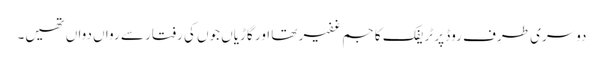
دوسری طرف روڈ پر ٹریفک کا جم غفیر تھا اور گاڑیاں جوں کی رفتار سے رواں دواں تھیں۔